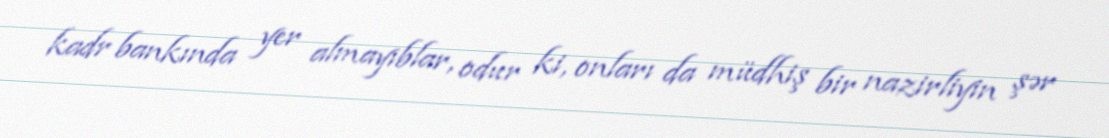
kadr bankında yer almayıblar, odur ki, onları da müdhiş bir nazirliyin şər